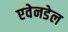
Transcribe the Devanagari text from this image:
एवेनडेल